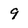
Character: 9